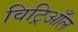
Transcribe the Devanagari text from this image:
विट्रिआँल